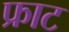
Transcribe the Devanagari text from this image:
फ्राट